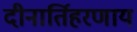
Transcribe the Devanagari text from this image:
दीनार्तिहरणाय